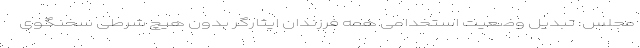
مجلس: تبدیل وضعیت استخدامی همه فرزندان ایثارگر بدون هیچ شرطی سخنگوی